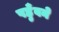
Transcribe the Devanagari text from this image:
पहुँवने